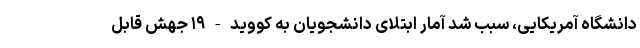
دانشگاه آمریکایی، ‌سبب شد آمار ابتلای دانشجویان به کووید-۱۹ جهش قابل